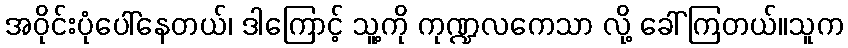
အဝိုင်းပုံပေါ်နေတယ်၊ ဒါကြောင့် သူ့ကို ကုဏ္ဍလကေသာ လို့ ခေါ်ကြတယ်။သူက